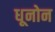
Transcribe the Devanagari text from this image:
धूनोन